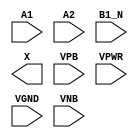
module sky130_fd_sc_ms__o21ba (
    //# {{data|Data Signals}}
    input  A1  ,
    input  A2  ,
    input  B1_N,
    output X   ,

    //# {{power|Power}}
    input  VPB ,
    input  VPWR,
    input  VGND,
    input  VNB
);
endmodule